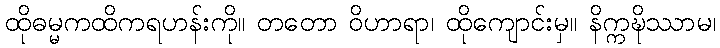
ထိုဓမ္မကထိကရဟန်းကို။ တတော ဝိဟာရာ၊ ထိုကျောင်းမှ။ နိက္ကဍ္ဎိဿာမ၊